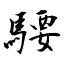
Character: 騕